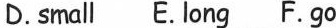
·D.small E.long F.go